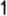
1